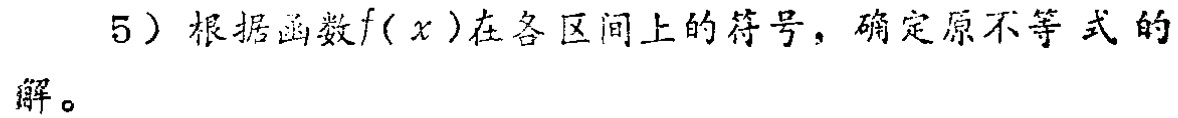
5）根据函数\(f(x)\)在各区间上的符号，确定原不等式的解。